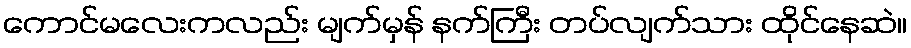
ကောင်မလေးကလည်း မျက်မှန် နက်ကြီး တပ်လျက်သား ထိုင်နေဆဲ။